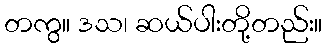
တကွ။ ဒသ၊ ဆယ်ပါးတို့တည်း။